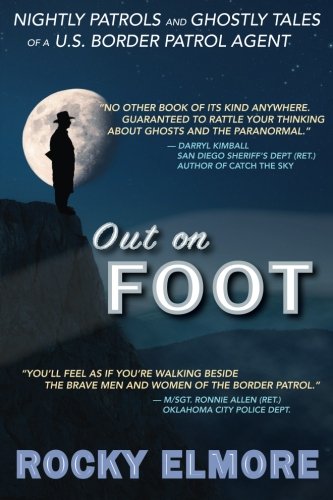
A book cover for Out on Foot: Nightly Patrols and Ghostly Tales of a U.S. Border Patrol Agent; Rocky Elmore; Biographies & Memoirs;